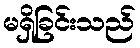
မရှိခြင်းသည်